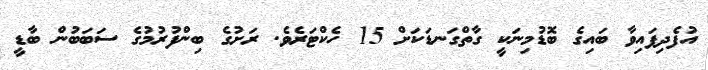
އުފެދިފައިވާ ބައިގެ ބޮޑުމިނަކީ ގާތްގަނޑަކަށް 15 ހެކްޓަރެވެ. ރަށުގެ ބިންފުރުމުގެ ސަބަބުން ބާޑީ